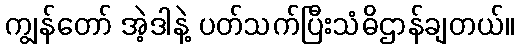
ကျွန်တော် အဲ့ဒါနဲ့ ပတ်သက်ပြီးသံဓိဌာန်ချတယ်။